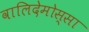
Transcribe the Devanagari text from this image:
वालिदेमोस्सा